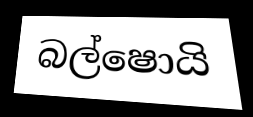
බල්ෂොයි